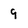
Character: 9